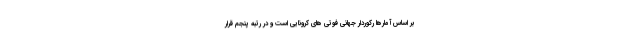
بر اساس آمارها ركوردار جهاني فوتي هاي كرونايي است و در رتبه پنجم قرار